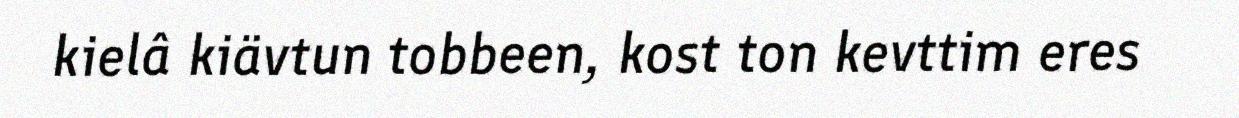
kielâ kiävtun tobbeen, kost ton kevttim eres